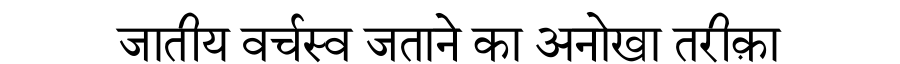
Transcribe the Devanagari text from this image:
जातीय वर्चस्व जताने का अनोखा तरीक़ा